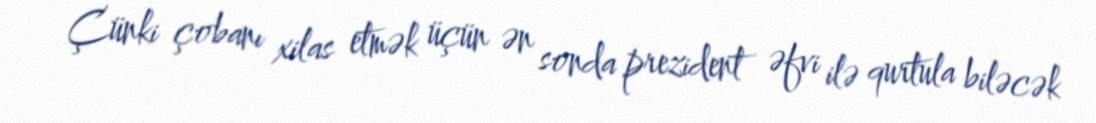
Çünki çobanı xilas etmək üçün ən sonda prezident əfvi ilə qurtula biləcək